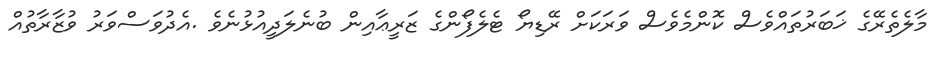
މާލެތެރޭގެ ޚަބަރުތައްވެސް ކޮންމެވެސް ވަރަކަށް ރޭޑިޔޯ ޓެލެފޯންގެ ޒަރީޢާއިން ބުނެލަދީއުޅުނެވެ .އެދުވަސްވަރު ވުޒާރާތުއް